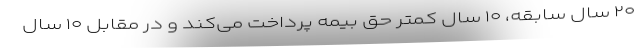
۲۰ سال سابقه، ۱۰ سال کمتر حق بیمه پرداخت می‌کند و در مقابل ۱۰ سال